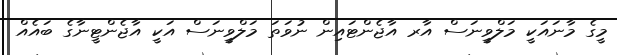
މީގެ މާނައަކީ މަލްވީނަސް އާރ އާޖެންޓައިން ނުވަތަ މަލްވީނަސް އަކީ އާޖެންޓީނާގެ ބައެއް